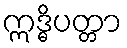
ဣဒ္ဓိပတ္တာ